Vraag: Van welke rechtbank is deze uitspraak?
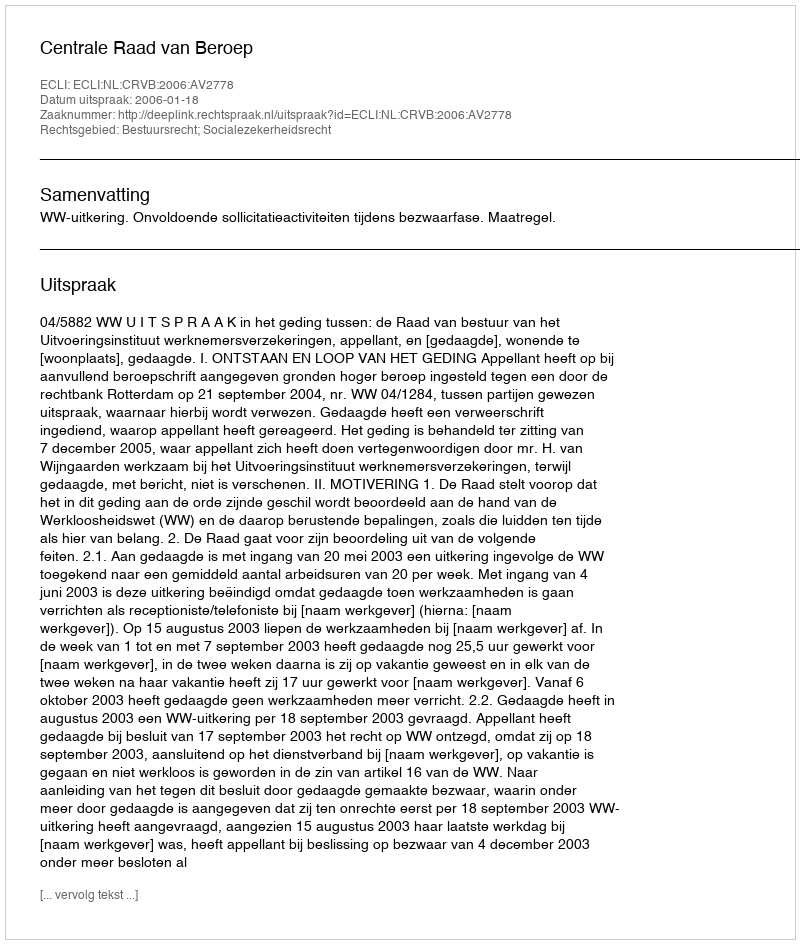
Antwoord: Centrale Raad van Beroep